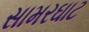
સામરઘાટ